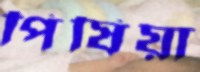
পিষিয়া